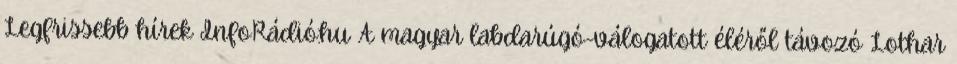
Legfrissebb hírek InfoRádió.hu A magyar labdarúgó-válogatott éléről távozó Lothar